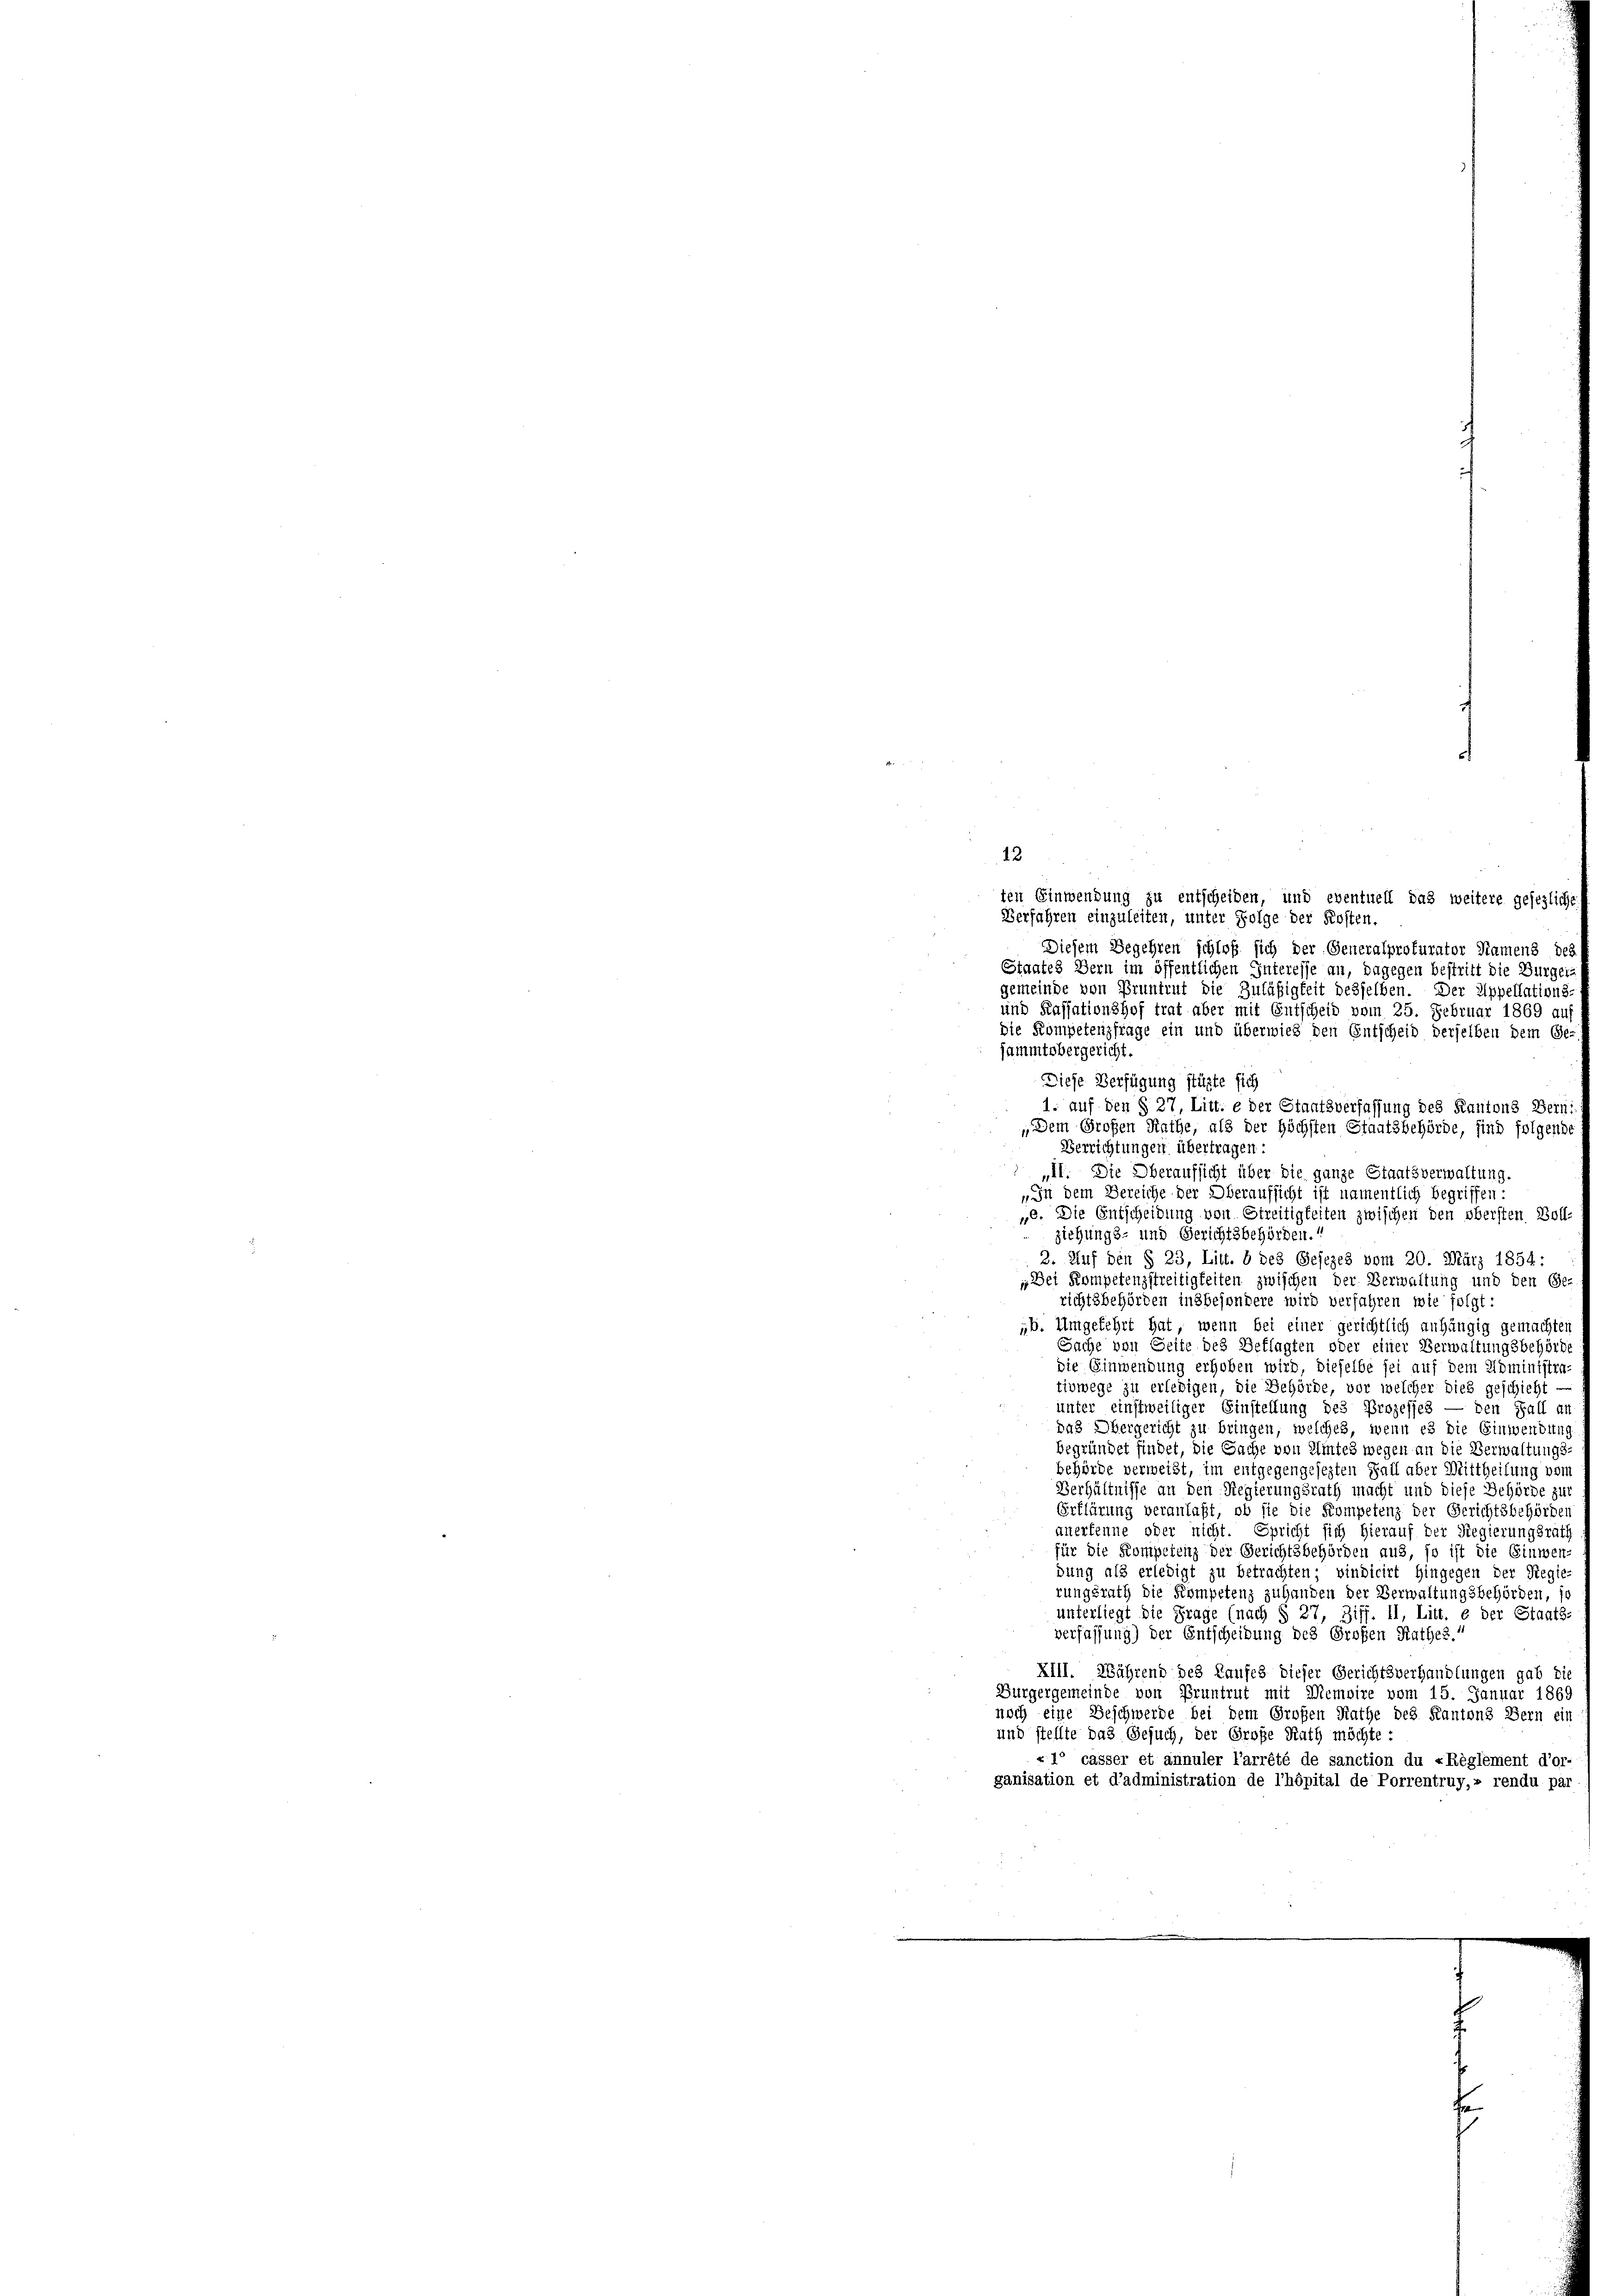
13.
ten Einwendung zu entscheiden, und eventuell das weitere gesezliche
Verfahren einzuleiten, unter Folge der Kosten.
Diesem Begehren schloß sich der Generalprokurator Namens des
Staates Bern im öffentlichen Interesse an, dagegen bestritt die Burger-
gemeinde von Pruntrut die Zuläßigkeit desselben. Der Appellations-
und Kassationshof trat aber mit Entscheid vom 25. Februar 1869 auf
die Kompetenzfrage ein und überwies den Entscheid derselben dem Ge-
sammtobergericht
Diese Verfügung stüzte sich
1. auf den § 27, Litt. e der Staatsverfassung des Kantons Berni
„Dem Großen Rathe, als der höchsten Staatsbehörde, sind folgende
Verrichtungen übertragen:
„II. Die Oberaufsicht über die ganze Staatsverwaltung.
In dem Bereiche der Oberaufsicht ist namentlich begriffen:
". Die Entscheidung von Streitigkeiten zwischen den obersten Boll-
ziehungs- und Gerichtsbehörden.
2. Auf den § 23, Litt. 8 des Gesezes vom 20. März 1854:
„Dei Kompetenzstreitigkeiten zwischen der Verwaltung und den Ge-
richtsbehörden insbesondere wird verfahren wie folgt:
„b. Umgekehrt hat, wenn bei einer gerichtlich anhängig gemachten
Sache von Seite des Beklagten oder einer Verwaltungsbehörde
die Einwendung erhoben wird, dieselbe sei auf dem Administra-
tivwege zu erledigen, die Behörde, vor welcher dies geschieht —
unter einstweiliger Einstellung des Prozesses — den Fall an
das Obergericht zu bringen, welches, wenn es die Einwendung
begründet findet, die Sache von Amtes wegen an die Verwaltungs-
behörde verweist, im entgegengesezten Fall aber Mittheilung von
Verhältnisse an den Regierungsrath macht und diese Behörde zur
Erklärung veranlaßt, ob sie die Kompetenz der Gerichtsbehörden
anerkenne oder nicht. Spricht sich hierauf der Regierungsrat
für die Kompetenz der Gerichtsbehörden aus, so ist die Einwen-
dung als erledigt zu betrachten; vindicirt hingegen der Regie-
rungsrath die Kompetenz zu handen der Verwaltungsbehörden, s.
unterliegt die Frage (nach § 27, Ziff. II, Litt. e der Staats-
verfassung) der Entscheidung des Großen Rathes.
XIII. Während des Kaufes dieser Gerichtsverhandlungen gab die
Burgergemeinde von Pruntrut mit Memoire vom 15. Januar 1869
noch eine Geschwerde bei dem Großen Rathe des Kantons Bern ein
und stellte das Gesuch, der Große Rath möchte :
«1° casser et annuler l’arrété de sanction du «Réglement d’or-
ganisation et d’administration de l’hôpital de Porrentruy,» rendu par
e
s